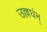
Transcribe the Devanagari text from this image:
उल्लघंन्